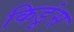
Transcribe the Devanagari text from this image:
किडूंस